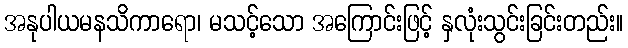
အနုပါယမနသိကာရော၊ မသင့်သော အကြောင်းဖြင့် နှလုံးသွင်းခြင်းတည်း။